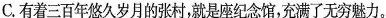
C.有着三百年悠久岁月的张村，就是座纪念馆，充满了无穷魅力。